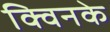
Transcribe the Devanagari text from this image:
क्विनके